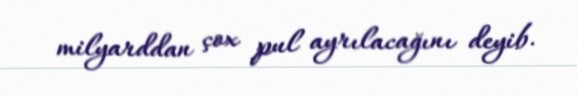
milyarddan çox pul ayrılacağını deyib.